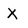
Character: X